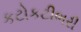
કટોકટીભરી